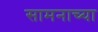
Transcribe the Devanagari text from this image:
सामनाच्या